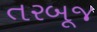
તરબૂજ